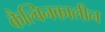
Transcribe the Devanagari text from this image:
कैल्विनकालीन